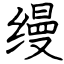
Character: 缦